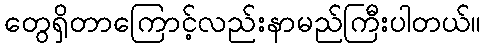
တွေရှိတာကြောင့်လည်းနာမည်ကြီးပါတယ်။